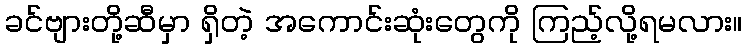
ခင်ဗျားတို့ဆီမှာ ရှိတဲ့ အကောင်းဆုံးတွေကို ကြည့်လို့ရမလား။